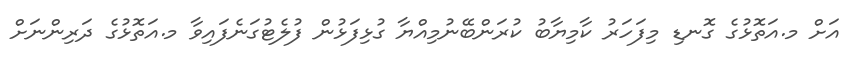
އަށް މ.އަތޮޅުގެ ގޮނޑި މިފަހަރު ކާމިޔާބު ކުރަންބޭނުމިއްޔާ ގުޅިފަޅުން ފުލެޓުގަނެފައިވާ މ.އަތޮޅުގެ ދަރިންނަށް